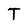
Character: T